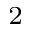
_ 2